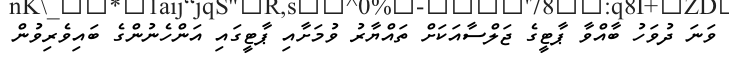
ވަނަ ދުވަހު ބާއްވާ ޕާޓީގެ ޖަލްސާއަކަށް ތައްޔާރު ވުމަށާއި ޕާޓީގައި އަންހެނުންގެ ބައިވެރިވުން